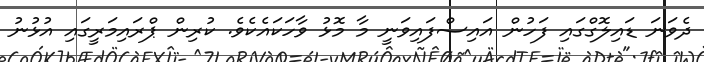
ދެވަނަ ޑައިލޮގްގައި ފަހުން އައިސްފައިވަނީ މާ މޮޅު ވާހަކައެކެވެ. ކުރިން ޕްރައިމަރީގައި އުޅުނު